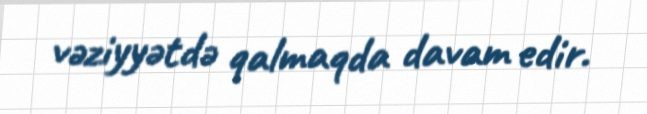
vəziyyətdə qalmaqda davam edir.